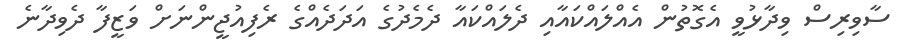
ސާވިރިސް ވިދާޅުވީ އެގޮތުން އެއްލައްކައާއި ދެލައްކައާ ދެމެދުގެ އަދަދެއްގެ ރެފިއުޖީންނަށް ވަޒީފާ ދެވިދާނެ